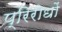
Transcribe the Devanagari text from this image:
प्रिरोधों